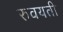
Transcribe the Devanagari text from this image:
रुवयती